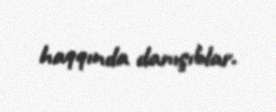
haqqında danışıblar.